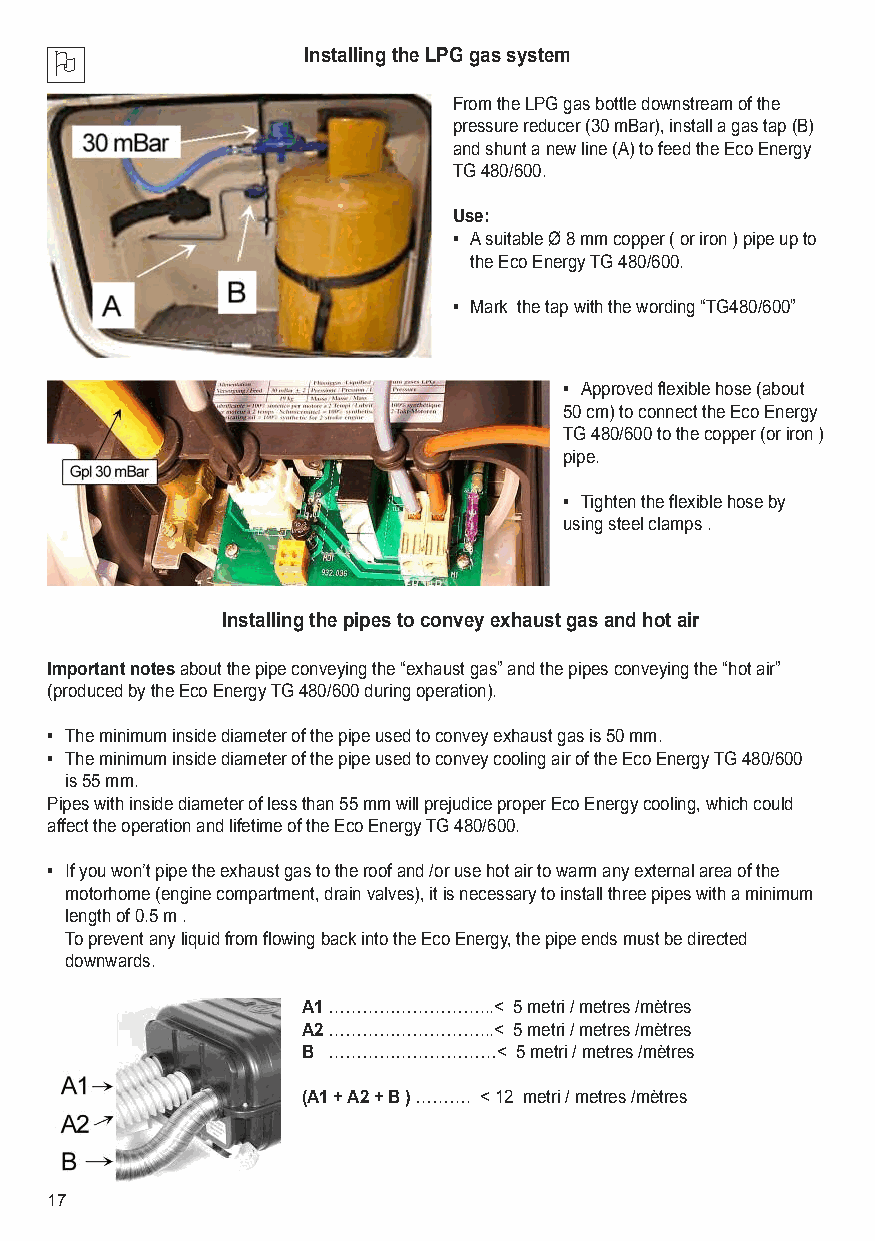
O               Installing the LPG gas system
 From the LPG gas bottle downstream of the
 pressure reducer (30 mBar), install a gas tap (B)
 and shunt a new line (A) to feed the Eco Energy
 TG 480/600.
 Use:
 • A suitable Ø 8 mm copper ( or iron ) pipe up to
 the Eco Energy TG 480/600.
 • Mark the tap with the wording “TG480/600”
 • Approved flexible hose (about
 50 cm) to connect the Eco Energy
 TG 480/600 to the copper (or iron )
 pipe.
 • Tighten the flexible hose by
 using steel clamps .
 Installing the pipes to convey exhaust gas and hot air
 Important notesabout the pipe conveying the “exhaust gas” and the pipes conveying the “hot air”
 (produced by the Eco Energy TG 480/600 during operation).
 • The minimum inside diameter of the pipe used to convey exhaust gas is 50 mm.
 • The minimum inside diameter of the pipe used to convey cooling air of the Eco Energy TG 480/600
 is 55 mm.
 Pipes with inside diameter of less than 55 mm will prejudice proper Eco Energy cooling, which could
 affect the operation and lifetime of the Eco Energy TG 480/600.
 • If you won’t pipe the exhaust gas to the roof and /or use hot air to warm any external area of the
 motorhome (engine compartment, drain valves), it is necessary to install three pipes with a minimum
 length of 0.5 m .
 To prevent any liquid from flowing back into the Eco Energy, the pipe ends must be directed
 downwards.
 A1………………………...< 5 metri / metres /mètres
 A2………………………...< 5 metri / metres /mètres
 B …………………………< 5 metri / metres /mètres
 (A1 + A2 + B )………. < 12 metri / metres /mètres
 17